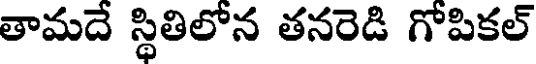
తామదే స్థితిలోన తనరెడి గోపికల్